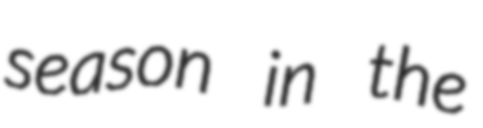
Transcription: season in the